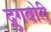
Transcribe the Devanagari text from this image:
द्रुगबोरी